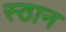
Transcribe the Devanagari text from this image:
स्ठान